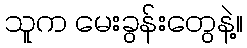
သူက မေးခွန်းတွေနဲ့။